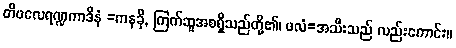
တိဖလေရဏ္ဍကာဒီနံ =ကနခို, ကြက်ဆူအစရှိသည်တို့၏၊ ဖလံ=အသီးသည် လည်းကောင်း။